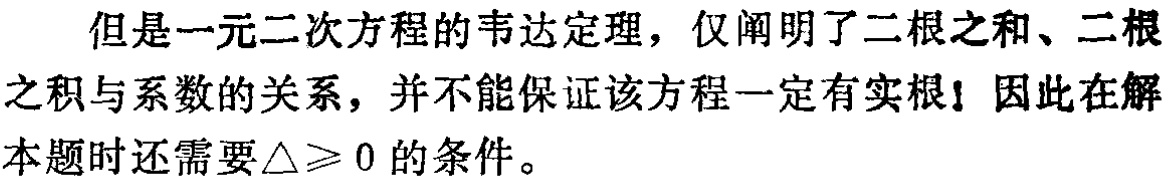
但是一元二次方程的韦达定理，仅阐明了二根之和、二根之积与系数的关系，并不能保证该方程一定有实根！因此在解本题时还需要$\triangle\geqslant 0$的条件。